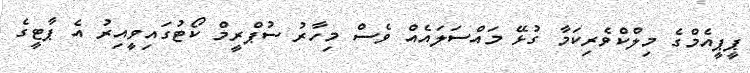
ޕީޕީއެމްގެ މިލްކްވެރިކަމާ ގުޅޭ މައްސަލައެއް ވެސް މިހާރު ސުޕްރީމް ކޯޓުގައިވީއިރު އެ ޕާޓީގެ